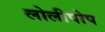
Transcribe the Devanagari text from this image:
लोलीपोप